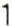
1